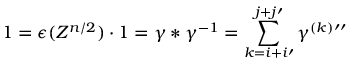
1 = \epsilon ( Z ^ { n / 2 } ) \cdot 1 = \gamma \ast \gamma ^ { - 1 } = \sum _ { k = i + i \prime } ^ { j + j \prime } \gamma ^ { ( k ) } \prime \prime